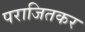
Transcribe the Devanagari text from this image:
पराजितकर